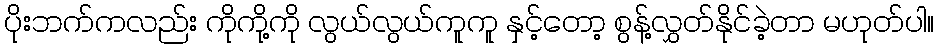
ပိုးဘက်ကလည်း ကိုကို့ကို လွယ်လွယ်ကူကူ နှင့်တော့ စွန့်လွှတ်နိုင်ခဲ့တာ မဟုတ်ပါ။